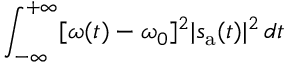
\int _ { - \infty } ^ { + \infty } [ \omega ( t ) - \omega _ { 0 } ] ^ { 2 } | s _ { \mathrm { a } } ( t ) | ^ { 2 } \, d t